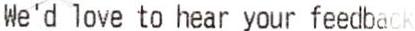
WE'D LOVE TO HEAR YOUR FEEDBACK